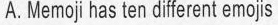
A Memoj has tendiferent emojs